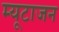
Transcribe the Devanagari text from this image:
म्यूटाजन